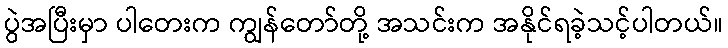
ပွဲအပြီးမှာ ပါတေးက ကျွန်တော်တို့ အသင်းက အနိုင်ရခဲ့သင့်ပါတယ်။